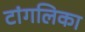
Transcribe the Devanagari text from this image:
टांगलिका